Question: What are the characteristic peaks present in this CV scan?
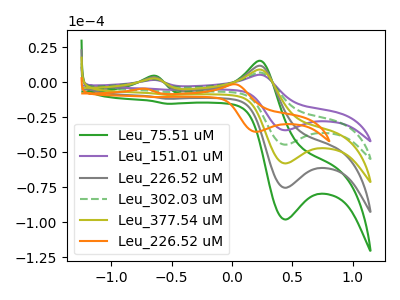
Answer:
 <answer>The green curve "Leu_75.51 uM" has anodic peaks at (-0.65V, 8.20uA) (0.20V, 27.90uA) and cathodic peaks at (0.45V, -178.35uA) (-0.55V, -28.00uA). The purple curve "Leu_151.01 uM" has anodic peaks at (-0.65V, 1.60uA) (0.20V, 5.35uA) and cathodic peaks at (0.45V, -34.30uA) (-0.55V, -5.40uA). The gray curve "Leu_226.52 uM" has anodic peaks at (-0.65V, 6.15uA) (0.20V, 20.90uA) and cathodic peaks at (0.45V, -133.75uA) (-0.55V, -21.00uA). The green dashed curve "Leu_302.03 uM" has anodic peaks at (-0.65V, 2.05uA) (0.20V, 6.95uA) and cathodic peaks at (0.45V, -44.60uA) (-0.55V, -7.00uA). The olive curve "Leu_377.54 uM" has anodic peaks at (-0.65V, 4.10uA) (0.20V, 13.95uA) and cathodic peaks at (0.45V, -89.15uA) (-0.55V, -14.00uA). The orange curve "Leu_226.52 uM" has anodic peaks at (-0.75V, -4.65uA) (0.00V, -1.40uA) and cathodic peaks at (0.20V, -35.40uA) (-0.65V, -10.60uA).</answer>
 <eval></eval>